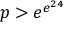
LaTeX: p > e ^ { e ^ { 2 4 } }